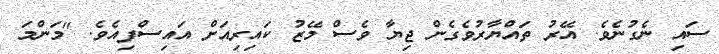
ސައި ނެގުނެވެ. އޭރު ތައްޔާރުވެގެން ޖިޔާ ވެސް މޭޒު ކައިރިއަށް އައިސްފިއެވެ. "މަންމަ